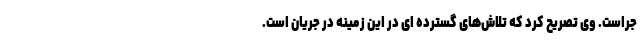
جراست. وی تصریح کرد که تلاش‌های گسترده ای در این زمینه در جریان است.